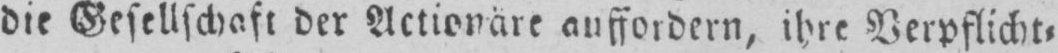
die Gesellschaft der Actionäre auffordern, ihre Verpflicht⸗